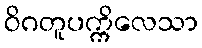
ဝိဂတူပက္ကိလေသာ